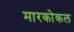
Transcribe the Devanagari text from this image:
मारकोकल